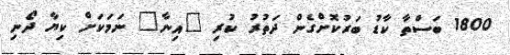
1800 ބަސްތާ ކާޑު ބަރުކޮށްގެން ދަތުރު ކުރި "އިނާ" ނަމަކަށް ކިޔާ ދޯނި